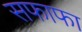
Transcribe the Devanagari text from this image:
सफाफा